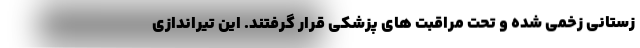
زستانی زخمی شده و تحت مراقبت های پزشکی قرار گرفتند. این تیراندازی